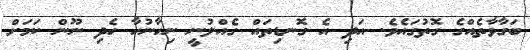
ބަގާވާތެއްގެ ގޮތުގައެވެ. އަދި އެ ގޮނޑިތައް ގެއްލުނީ ނިހާނުހާ ހެދި ނޫން ކަމަށް